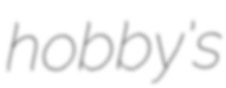
hobby's